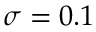
\sigma = 0 . 1